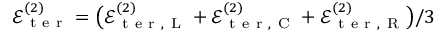
\mathcal { E } _ { \mathrm { ~ t ~ e ~ r ~ } } ^ { ( 2 ) } = \big ( \mathcal { E } _ { \mathrm { ~ t ~ e ~ r ~ } , \mathrm { ~ L ~ } } ^ { ( 2 ) } + \mathcal { E } _ { \mathrm { ~ t ~ e ~ r ~ } , \mathrm { ~ C ~ } } ^ { ( 2 ) } + \mathcal { E } _ { \mathrm { ~ t ~ e ~ r ~ } , \mathrm { ~ R ~ } } ^ { ( 2 ) } \big ) / 3